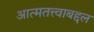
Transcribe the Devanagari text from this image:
आत्मतत्त्वाबद्दल